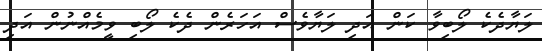
ލަޔާދެކެ ލޯބިވާ ކަން އަދި ލަޔާވެސް އަހަރެން ދެކެ ލޯބި ވީމެއްނުން އަދި